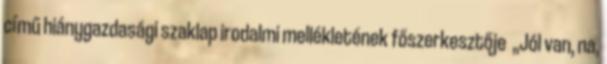
című hiánygazdasági szaklap irodalmi mellékletének főszerkesztője „Jól van, na,